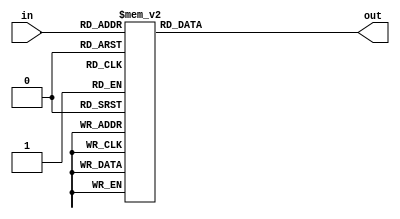
`timescale 1ns / 1ps
//////////////////////////////////////////////////////////////////////////////////
// Company: 
// Engineer: 
// 
// Design Name: 
// Module Name: decoder_5_32
// Project Name: 
// Target Devices: 
// Tool Versions: 
// Description: 
// 
// Dependencies: 
// 
// Revision:
// Revision 0.01 - File Created
// Additional Comments:
// 
//////////////////////////////////////////////////////////////////////////////////

module decoder_5_32(
       input  wire   [ 4:0]        in,
       output reg    [31:0]        out          
       );

always @(in or out)

       begin

              case(in)
                     5'b00000: out=32'b0000_0000_0000_0000_0000_0000_0000_0001;
                     5'b00001: out=32'b0000_0000_0000_0000_0000_0000_0000_0010;
                     5'b00010: out=32'b0000_0000_0000_0000_0000_0000_0000_0100;
                     5'b00011: out=32'b0000_0000_0000_0000_0000_0000_0000_1000;
                     5'b00100: out=32'b0000_0000_0000_0000_0000_0000_0001_0000;
                     5'b00101: out=32'b0000_0000_0000_0000_0000_0000_0010_0000;
                     5'b00110: out=32'b0000_0000_0000_0000_0000_0000_0100_0000;
                     5'b00111: out=32'b0000_0000_0000_0000_0000_0000_1000_0000;
                     5'b01000: out=32'b0000_0000_0000_0000_0000_0001_0000_0000;
                     5'b01001: out=32'b0000_0000_0000_0000_0000_0010_0000_0000;
                     5'b01010: out=32'b0000_0000_0000_0000_0000_0100_0000_0000;
                     5'b01011: out=32'b0000_0000_0000_0000_0000_1000_0000_0000;
                     5'b01100: out=32'b0000_0000_0000_0000_0001_0000_0000_0000;
                     5'b01101: out=32'b0000_0000_0000_0000_0010_0000_0000_0000;
                     5'b01110: out=32'b0000_0000_0000_0000_0100_0000_0000_0000;
                     5'b01111: out=32'b0000_0000_0000_0000_1000_0000_0000_0000;
                     5'b10000: out=32'b0000_0000_0000_0001_0000_0000_0000_0000;
                     5'b10001: out=32'b0000_0000_0000_0010_0000_0000_0000_0000;
                     5'b10010: out=32'b0000_0000_0000_0100_0000_0000_0000_0000;
                     5'b10011: out=32'b0000_0000_0000_1000_0000_0000_0000_0000;
                     5'b10100: out=32'b0000_0000_0001_0000_0000_0000_0000_0000;
                     5'b10101: out=32'b0000_0000_0010_0000_0000_0000_0000_0000;
                     5'b10110: out=32'b0000_0000_0100_0000_0000_0000_0000_0000;
                     5'b10111: out=32'b0000_0000_1000_0000_0000_0000_0000_0000;
                     5'b11000: out=32'b0000_0001_0000_0000_0000_0000_0000_0000;
                     5'b11001: out=32'b0000_0010_0000_0000_0000_0000_0000_0000;
                     5'b11010: out=32'b0000_0100_0000_0000_0000_0000_0000_0000;
                     5'b11011: out=32'b0000_1000_0000_0000_0000_0000_0000_0000;
                     5'b11100: out=32'b0001_0000_0000_0000_0000_0000_0000_0000;
                     5'b11101: out=32'b0010_0000_0000_0000_0000_0000_0000_0000;
                     5'b11110: out=32'b0100_0000_0000_0000_0000_0000_0000_0000;
                     5'b11111: out=32'b1000_0000_0000_0000_0000_0000_0000_0000;

                     default : out=32'bxxxx_xxxx_xxxx_xxxx_xxxx_xxxx_xxxx_xxxx;
                     
              endcase
       
       end
       
endmodule